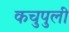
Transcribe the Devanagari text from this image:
कचुपुली